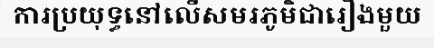
ការប្រយុទ្ធនៅលើសមរភូមិជារឿងមួយ